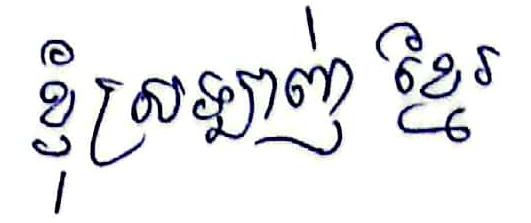
ខ្ញុំស្រឡាញ់ខ្មែរ